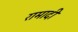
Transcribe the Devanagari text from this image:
रामादी